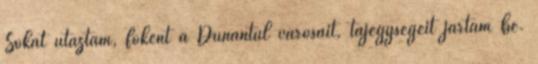
Sokat utaztam, főként a Dunántúl városait, tájegységeit jártam be.